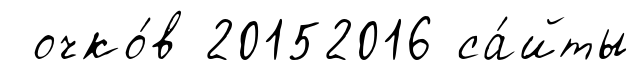
очко́в 20152016 са́йты